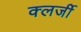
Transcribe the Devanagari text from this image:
क्लर्जी